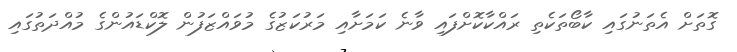
ގޮތަށް އެތަނުގައި ކާބޯތަކެތި ރައްކާކޮށްފައި ވާނެ ކަމަށާއި މަރުކަޒުގެ މުވައްޒަފުން ލޮކްޑައުންގެ މުއްދަތުގައި